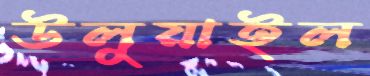
উলুয়াইল